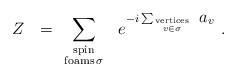
LaTeX: \begin{align*} Z \ \ =\ \sum_{\mbox{\scriptsize spin} \atop \mbox{\scriptsize foams} \, \scriptstyle \sigma} \ \ e^{-i\sum_{\mbox{\tiny vertices} \atop \scriptscriptstyle{v \in \sigma}}\ \displaystyle{a_{v}}} \ .\end{align*}